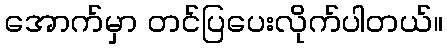
အောက်မှာ တင်ပြပေးလိုက်ပါတယ်။